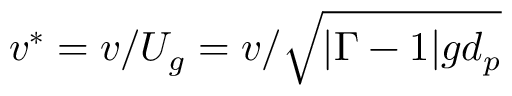
v ^ { \ast } = v / U _ { g } = v / \sqrt { | \Gamma - 1 | g d _ { p } }